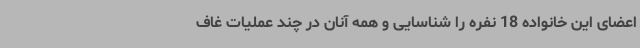
اعضای این خانواده 18 نفره را شناسایی و همه آنان در چند عملیات غاف